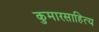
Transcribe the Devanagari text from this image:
कुमारसाहित्य